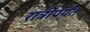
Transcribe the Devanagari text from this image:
रात्रींपर्यंत